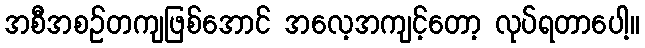
အစီအစဉ်တကျဖြစ်အောင် အလေ့အကျင့်တော့ လုပ်ရတာပေါ့။